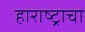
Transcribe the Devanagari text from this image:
हाराष्ट्राचा